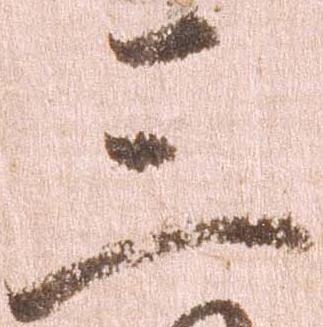
三